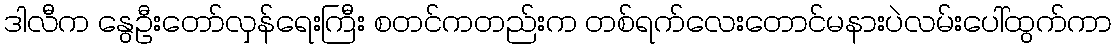
ဒါလီက နွေဦးတော်လှန်ရေးကြီး စတင်ကတည်းက တစ်ရက်လေးတောင်မနားပဲလမ်းပေါ်ထွက်ကာ